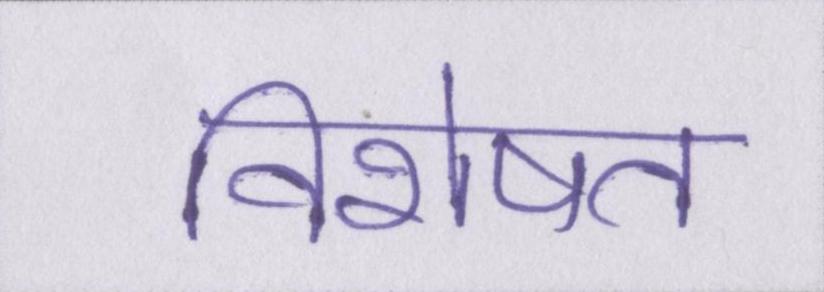
विशेषत